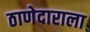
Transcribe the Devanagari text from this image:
ठाणेदाराला